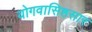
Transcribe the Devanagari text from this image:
योगवासिष्ठसार